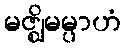
မဇ္ဈိမမ္ပာဟံ